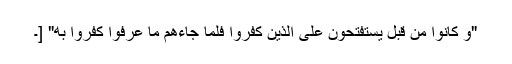
"وَ کانُوا مِنْ قَبْلُ یَسْتَفْتِحُونَ عَلَى الَّذِینَ کَفَرُوا فَلَمَّا جاءَهُمْ ما عَرَفُوا کَفَرُوا بِه" [۔